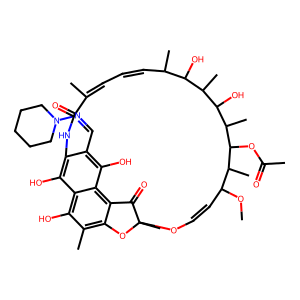
SMILES: COC1C=COC2(C)Oc3c(C)c(O)c4c(O)c(c(C=NN5CCCCC5)c(O)c4c3C2=O)NC(=O)C(C)=CC=CC(C)C(O)C(C)C(O)C(C)C(OC(C)=O)C1C
Inhibits HIV replication: No